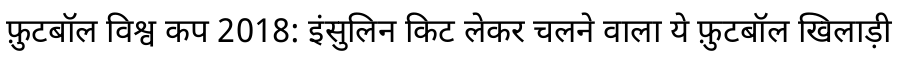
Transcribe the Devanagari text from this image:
फ़ुटबॉल विश्व कप 2018: इंसुलिन किट लेकर चलने वाला ये फ़ुटबॉल खिलाड़ी